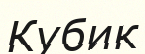
Кубик